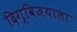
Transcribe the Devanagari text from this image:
दिग्विजयाला